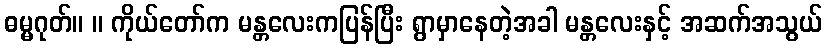
ဓမ္မဂုတ်။ ။ ကိုယ်တော်က မန္တလေးကပြန်ပြီး ရွာမှာနေတဲ့အခါ မန္တလေးနှင့် အဆက်အသွယ်